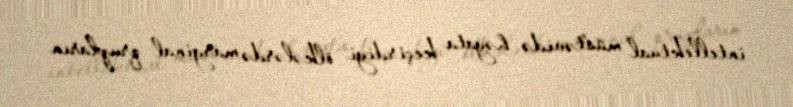
intellektual müstəvidə həyata keçirdiyi ölkələrdə marginal qrupların